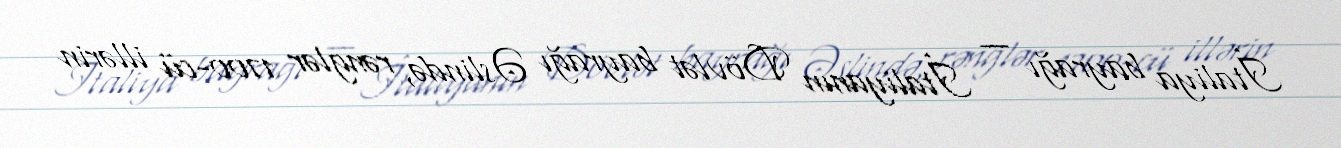
İtaliya bayrağı — İtaliyanın Dövlət bayrağı Əslində, rənglər 1700-cü illərin